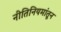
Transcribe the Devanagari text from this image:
नीतिनियमांतून